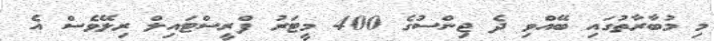
މި މުބާރާތުގައި ބޭއްވި ދެ ޖިންސުގެ 400 މީޓަރު ފްރީސްޓައިލް ރިލޭވެސް އެ